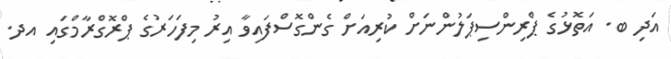
އަދި ބ. އަތޮޅުގެ ޕްރިންސިޕަލުންނަށް ކުރިއަށް ގެންގޮސްފައިވާ އިރު މިފަހަރުގެ ޕްރޮގްރާމްގައި އދ.